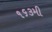
૧૬૩મી